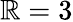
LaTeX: \mathbb{R}=3